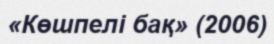
«Көшпелі бақ» (2006)